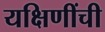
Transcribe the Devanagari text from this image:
यक्षिणींची